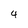
Character: 4